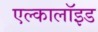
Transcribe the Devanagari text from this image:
एल्कालॉइड